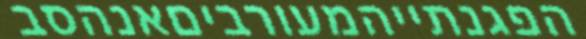
הפגנתייהמעורביםאנהסב